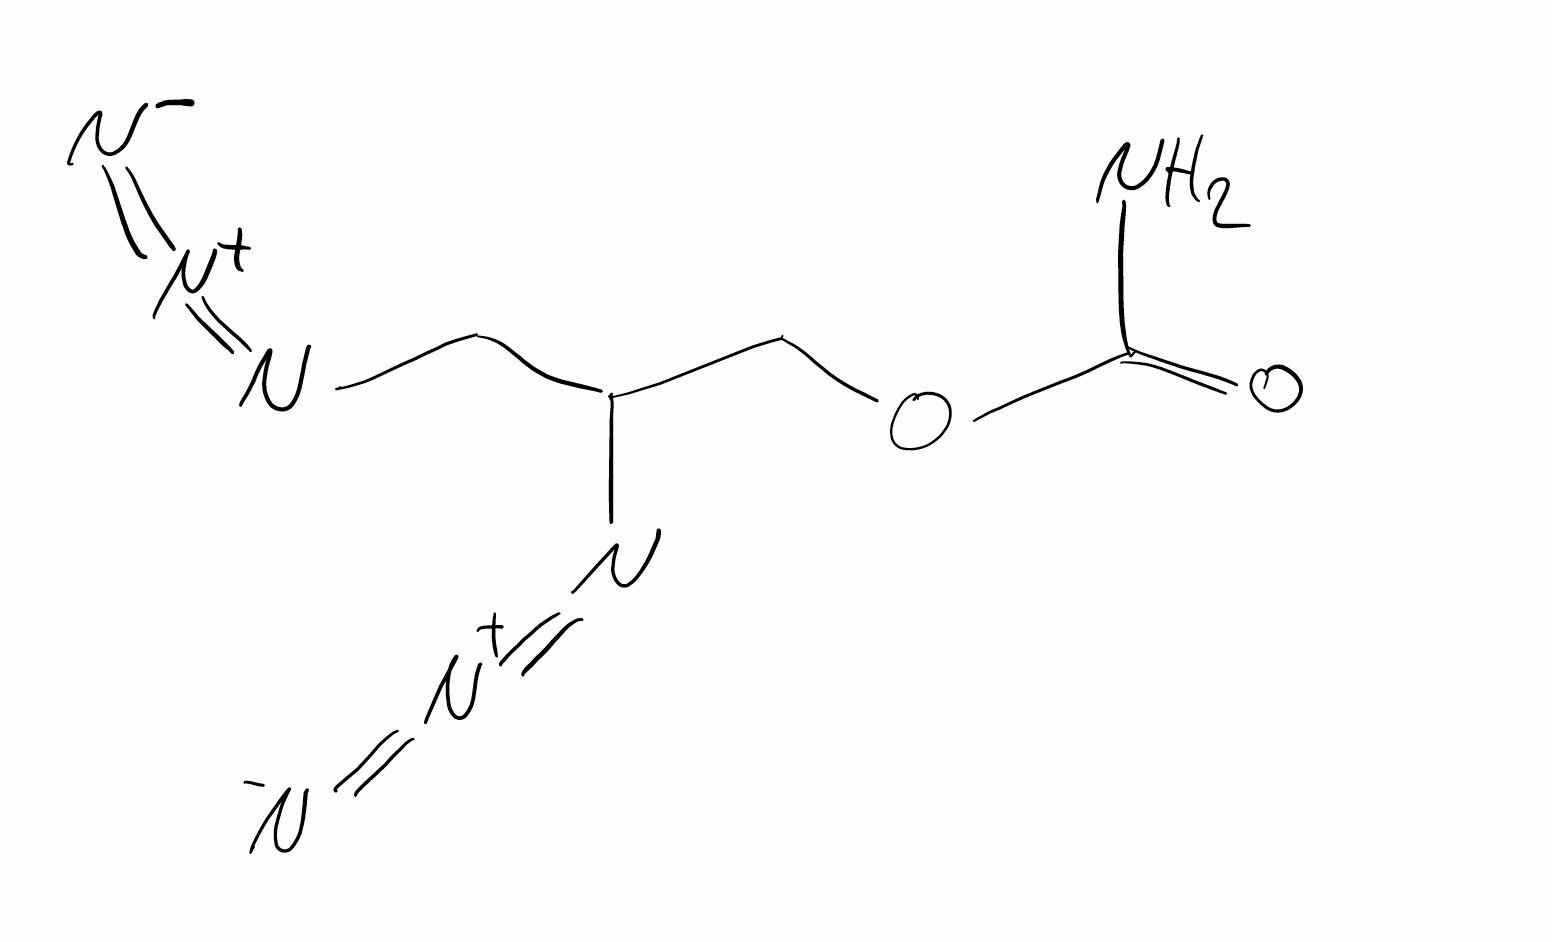
Simplified molecular-input line-entry system (SMILES) notation of the given molecule:
CS/N=C/C=N/SC